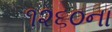
૧૨૬૦ના